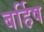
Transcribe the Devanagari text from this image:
बर्हिष